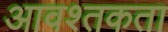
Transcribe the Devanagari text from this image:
आवश्तकता